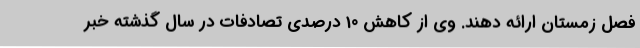
فصل زمستان ارائه دهند. وی از کاهش 10 درصدی تصادفات در سال گذشته خبر